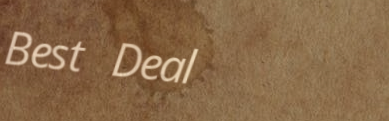
Best Deal